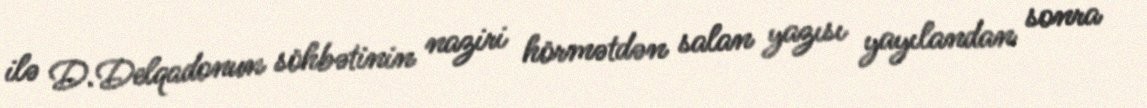
ilə D.Delqadonun söhbətinin naziri hörmətdən salan yazısı yayılandan sonra